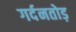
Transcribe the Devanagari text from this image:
गर्दनतोड़